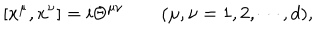
[ x ^ { \mu } , x ^ { \nu } ] = i \Theta ^ { \mu \nu } \qquad ( \mu , \nu = 1 , 2 , \cdots , d ) ,